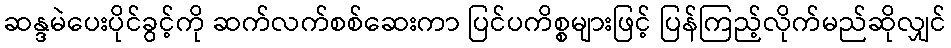
ဆန္ဒမဲပေးပိုင်ခွင့်ကို ဆက်လက်စစ်ဆေးကာ ပြင်ပကိစ္စများဖြင့် ပြန်ကြည့်လိုက်မည်ဆိုလျှင်